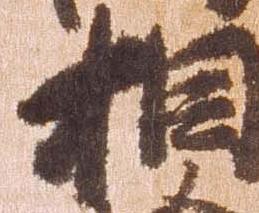
相